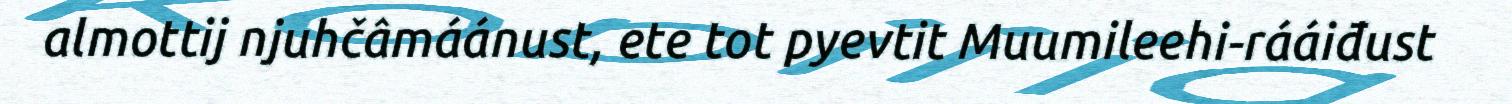
almottij njuhčâmáánust, ete tot pyevtit Muumileehi-rááiđust